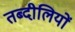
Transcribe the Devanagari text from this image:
तब्दीलियों